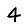
Digit: 4